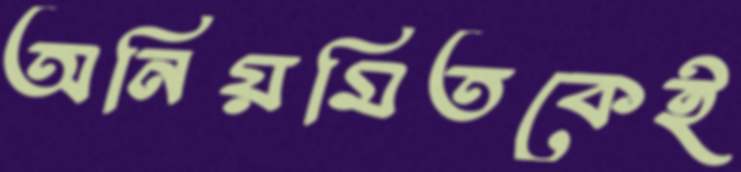
অনিয়মিতকেই